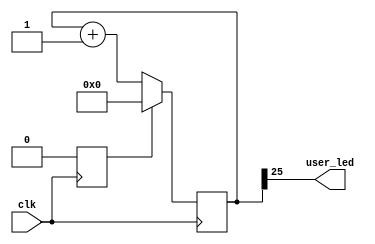
// -----------------------------------------------------------------------------
// Auto-Generated by:        __   _ __      _  __
//                          / /  (_) /____ | |/_/
//                         / /__/ / __/ -_)>  <
//                        /____/_/\__/\__/_/|_|
//                     Build your hardware, easily!
//                   https://github.com/enjoy-digital/litex
//
// Device     : xc7a100t-csg324-1
// LiteX sha1 : 625261c6
//------------------------------------------------------------------------------


//------------------------------------------------------------------------------
// Module
//------------------------------------------------------------------------------

module test (
	output wire user_led,
	(* dont_touch = "true" *)	input  wire clk
);


//------------------------------------------------------------------------------
// Signals
//------------------------------------------------------------------------------

reg  [25:0] __main___counter = 26'd0;
wire sys_clk;
wire sys_rst;
wire por_clk;
reg  platform_int_rst = 1'd1;

//------------------------------------------------------------------------------
// Combinatorial Logic
//------------------------------------------------------------------------------

assign user_led = __main___counter[25];
assign sys_clk = clk;
assign por_clk = clk;
assign sys_rst = platform_int_rst;


//------------------------------------------------------------------------------
// Synchronous Logic
//------------------------------------------------------------------------------

always @(posedge por_clk) begin
	platform_int_rst <= 1'd0;
end

always @(posedge sys_clk) begin
	__main___counter <= (__main___counter + 1'd1);
	if (sys_rst) begin
		__main___counter <= 26'd0;
	end
end


//------------------------------------------------------------------------------
// Specialized Logic
//------------------------------------------------------------------------------

endmodule

// -----------------------------------------------------------------------------
//  Auto-Generated by LiteX on 2022-05-18 20:55:14.
//------------------------------------------------------------------------------